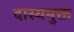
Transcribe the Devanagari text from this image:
दास्यमुक्त